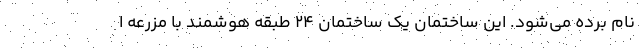
نام برده می‌شود. این ساختمان یک ساختمان ۲۴ طبقه هوشمند با مزرعه ا